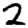
Digit: 2